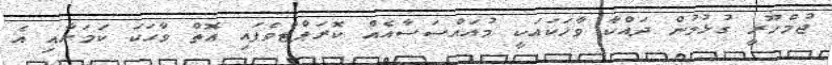
ޖުމްހޫރީ ގުޅުމުން ދައްކާ ވާހަކައަކީ މުއައްސަސާއެއް ކޮރަޕްޓްވެފައި އޮތް ވާހަކަ ކަމަށާއި އެ